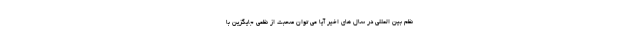
نظم بین المللی در سال های اخیر آیا می توان صحبت از نظمی جایگزین با